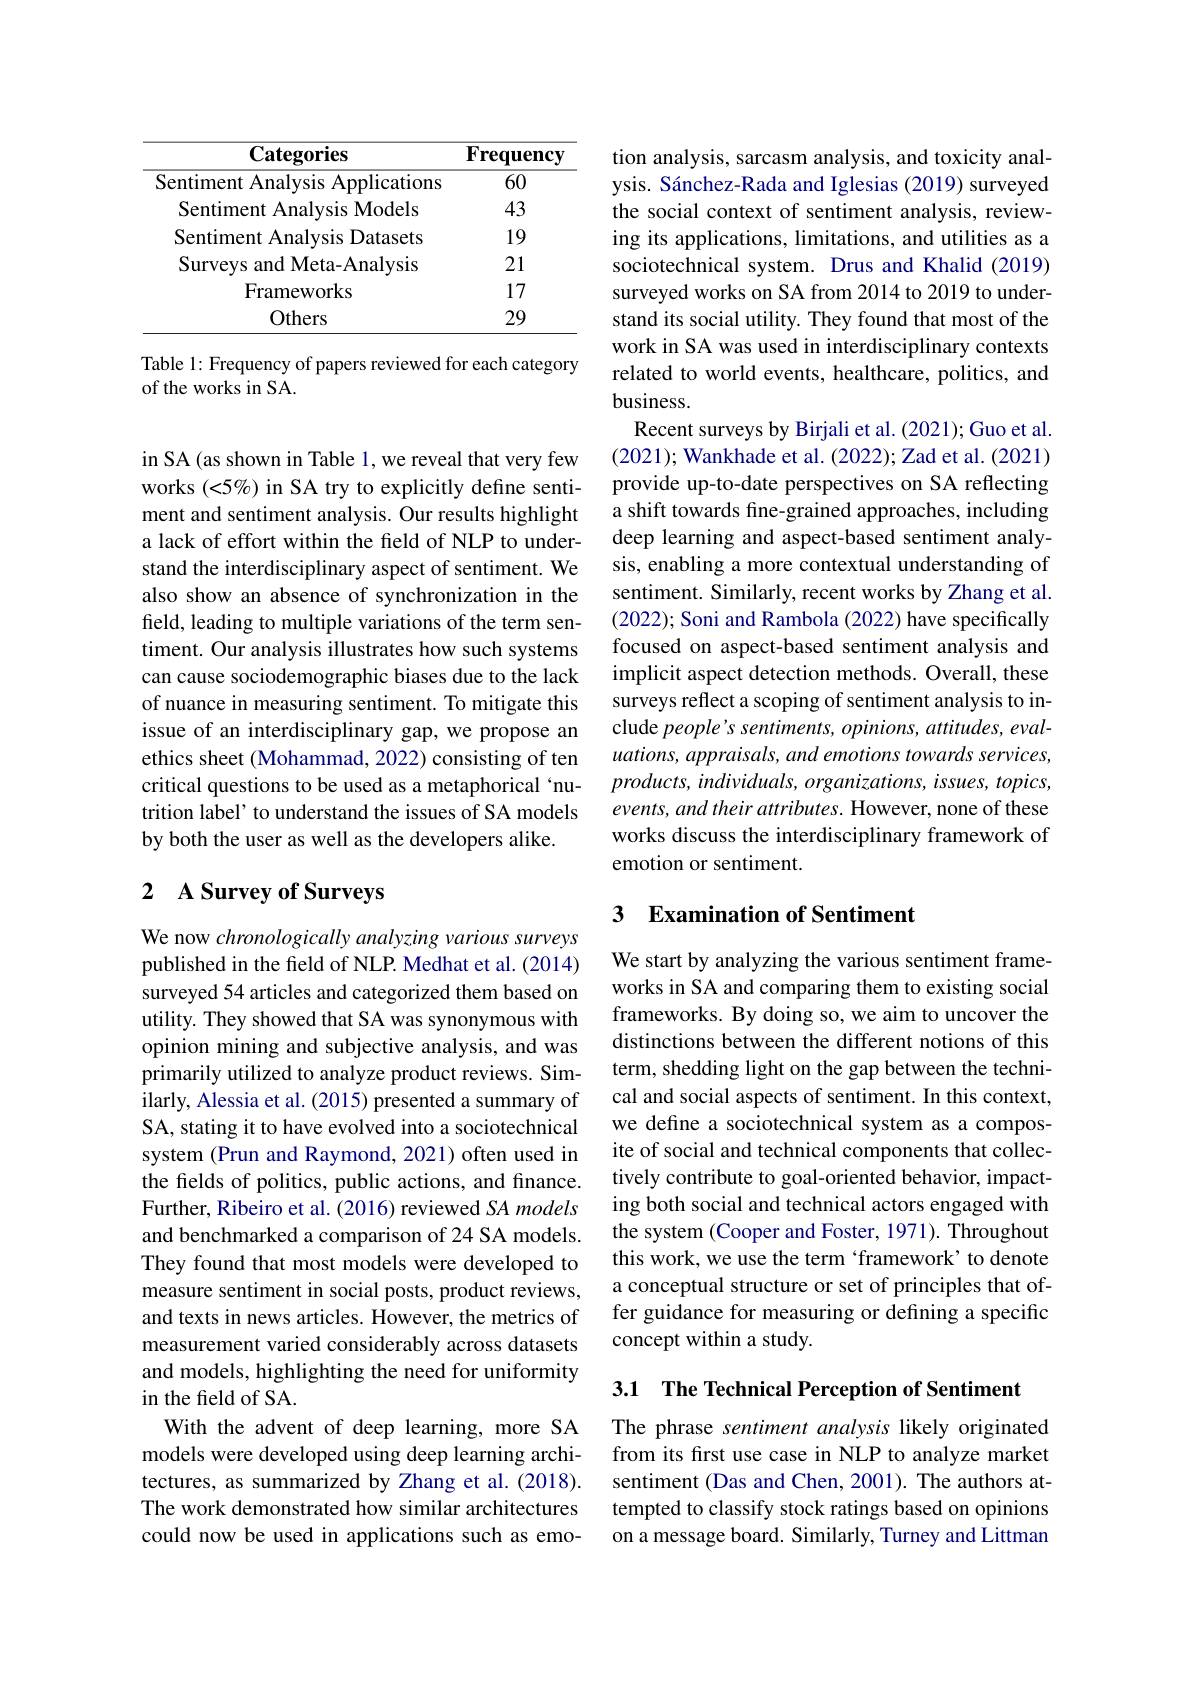
<table>
	<tbody>
		<tr>
			<th>$\mathbf{Categories}$</th>
			<th>$\mathbf{Frequency}$</th>
		</tr>
		<tr>
			<td>Sentiment Analysis Applications</td>
			<td>60</td>
		</tr>
		<tr>
			<td>Sentiment Analysis Models</td>
			<td>43</td>
		</tr>
		<tr>
			<td>Surv $\mathbf{Meta-Analvsis}$ 1d</td>
			<td>21</td>
		</tr>
		<tr>
			<td>Frameworks</td>
			<td>17</td>
		</tr>
		<tr>
			<td>Others</td>
			<td>29</td>
		</tr>
	</tbody>
</table>

Table 1: Frequency of papers reviewed for each category
of the works in SA.

in SA (as shown in Table 1, we reveal that very few works $(<5\%)$ in SA try to explicitly define sentiment and sentiment analysis. Our results highlight a lack of effort within the field of NLP to understand the interdisciplinary aspect of sentiment. We also show an absence of synchronization in the field, leading to multiple variations of the term sentiment. Our analysis illustrates how such systems can cause sociodemographic biases due to the lack of nuance in measuring sentiment. To mitigate this issue of an interdisciplinary gap, we propose an ethics sheet (Mohammad, 2022) consisting of ten critical questions to be used as a metaphorical‘nutrition label' to understand the issues of SA models by both the user as well as the developers alike.

## 2 A Survey of Surveys

We now chronologically analyzing various surveys published in the field of NLP. Medhat et al. (2014) surveyed 54 articles and categorized them based on utility. They showed that SA was synonymous with opinion mining and subjective analysis, and was primarily utilized to analyze product reviews. Similarly, Alessia et al. (2015) presented a summary of SA, stating it to have evolved into a sociotechnical system (Prun and Raymond, 2021) often used in the fields of politics, public actions, and finance. Further, Ribeiro et al. (2016) reviewed SA models and benchmarked a comparison of 24 SA models. They found that most models were developed to measure sentiment in social posts, product reviews, and texts in news articles. However, the metrics of measurement varied considerably across datasets and models, highlighting the need for uniformity in the field of SA.
With the advent of deep learning, more SA models were developed using deep learning architectures, as summarized by Zhang et al.(2018). The work demonstrated how similar architectures could now be used in applications such as emo-

tion analysis, sarcasm analysis, and toxicity analysis. Sánchez-Rada and Iglesias (2019) surveyed the social context of sentiment analysis, reviewing its applications, limitations, and utilities as a sociotechnical system. Drus and Khalid (2019) surveyed works on SA from 2014 to 2019 to understand its social utility. They found that most of the work in SA was used in interdisciplinary contexts related to world events, healthcare, politics, and business.
Recent surveys by Birjali et al. (2021); Guo et al. (2021); Wankhade et al. (2022); Zad et al. (2021) provide up-to-date perspectives on SA reflecting a shift towards fine-grained approaches, including deep learning and aspect-based sentiment analysis, enabling a more contextual understanding of sentiment. Similarly, recent works by Zhang et al. (2022); Soni and Rambola (2022) have specifically focused on aspect-based sentiment analysis and implicit aspect detection methods. Overall, these surveys reflect a scoping of sentiment analysis to include people's sentiments, opinions, attitudes, evaluations, appraisals, and emotions towards services, $products,individuals,organizations,issues,topics$, events, and their attributes. However, none of these works discuss the interdisciplinary framework of emotion or sentiment.

### 3 $\textbf{Examination of Sentiment}$

We start by analyzing the various sentiment frameworks in SA and comparing them to existing social frameworks. By doing so, we aim to uncover the distinctions between the different notions of this term, shedding light on the gap between the technical and social aspects of sentiment. In this context, we define a sociotechnical system as a composite of social and technical components that collectively contribute to goal-oriented behavior, impacting both social and technical actors engaged with the system (Cooper and Foster, 1971). Throughout this work, we use the term ‘framework’to denote a conceptual structure or set of principles that offer guidance for measuring or defining a specific concept within a study.

3.1 The Technical Perception of Sentiment

The phrase sentiment analysis likely originated from its first use case in NLP to analyze market sentiment (Das and Chen, 2001). The authors attempted to classify stock ratings based on opinions on a message board. Similarly, Turney and Littman